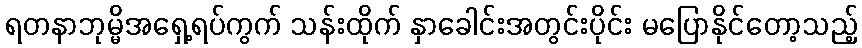
ရတနာဘုမ္မိအရှေ့ရပ်ကွက် သန်းထိုက် နှာခေါင်းအတွင်းပိုင်း မပြောနိုင်တော့သည့်